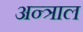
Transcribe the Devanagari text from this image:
अन्त्राल